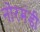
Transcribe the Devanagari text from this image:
नोरमंडी